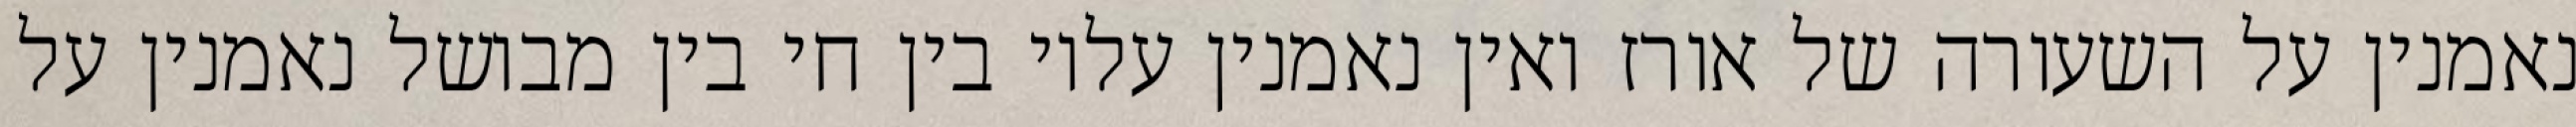
נאמנין על השעורה של אורז ואין נאמנין עליו בין חי בין מבושל נאמנין על